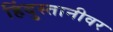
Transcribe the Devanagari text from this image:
हिंदुस्तानीवर